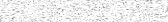
٢٠